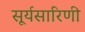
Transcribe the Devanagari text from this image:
सूर्यसारिणी